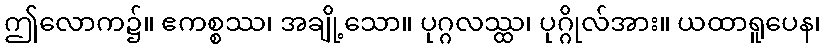
ဤလောက၌။ ဧကစ္စဿ၊ အချို့သော။ ပုဂ္ဂလဿ္ထ၊ ပုဂ္ဂိုလ်အား။ ယထာရူပေန၊